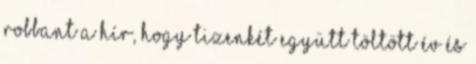
robbant a hír, hogy tizenkét együtt töltött év és